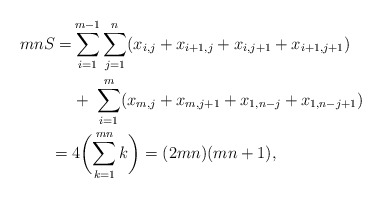
\begin{align*}mnS = &\sum_{i=1}^{m-1} \sum_{j=1}^{n} ( x_{i,j} + x_{i+1,j} + x_{i,j+1} + x_{i+1,j+1}) \\ &+ \; \sum_{i=1}^{m} ( x_{m,j} + x_{m,j+1} + x_{1,n-j} + x_{1,n-j+1}) \; \\ = \; &4\biggl( \sum_{k=1}^{mn} k \biggr) = (2mn)(mn+1),\end{align*}